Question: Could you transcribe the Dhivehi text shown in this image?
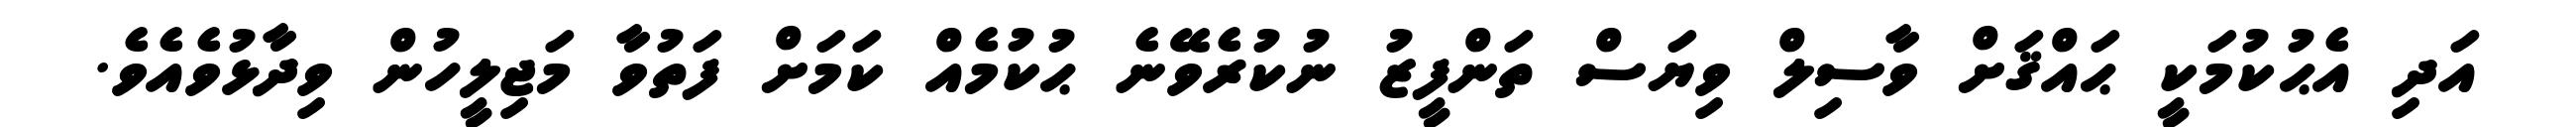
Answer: އަދި އެޙުކުމަކީ ޙައްޤަށް ވާސިލް ވިޔަސް ތަންފީޒު ނުކުރެވޭނެ ޙުކުމެއް ކަމަށް ފަތުވާ މަޖިލީހުން ވިދާޅުވެއެވެ.